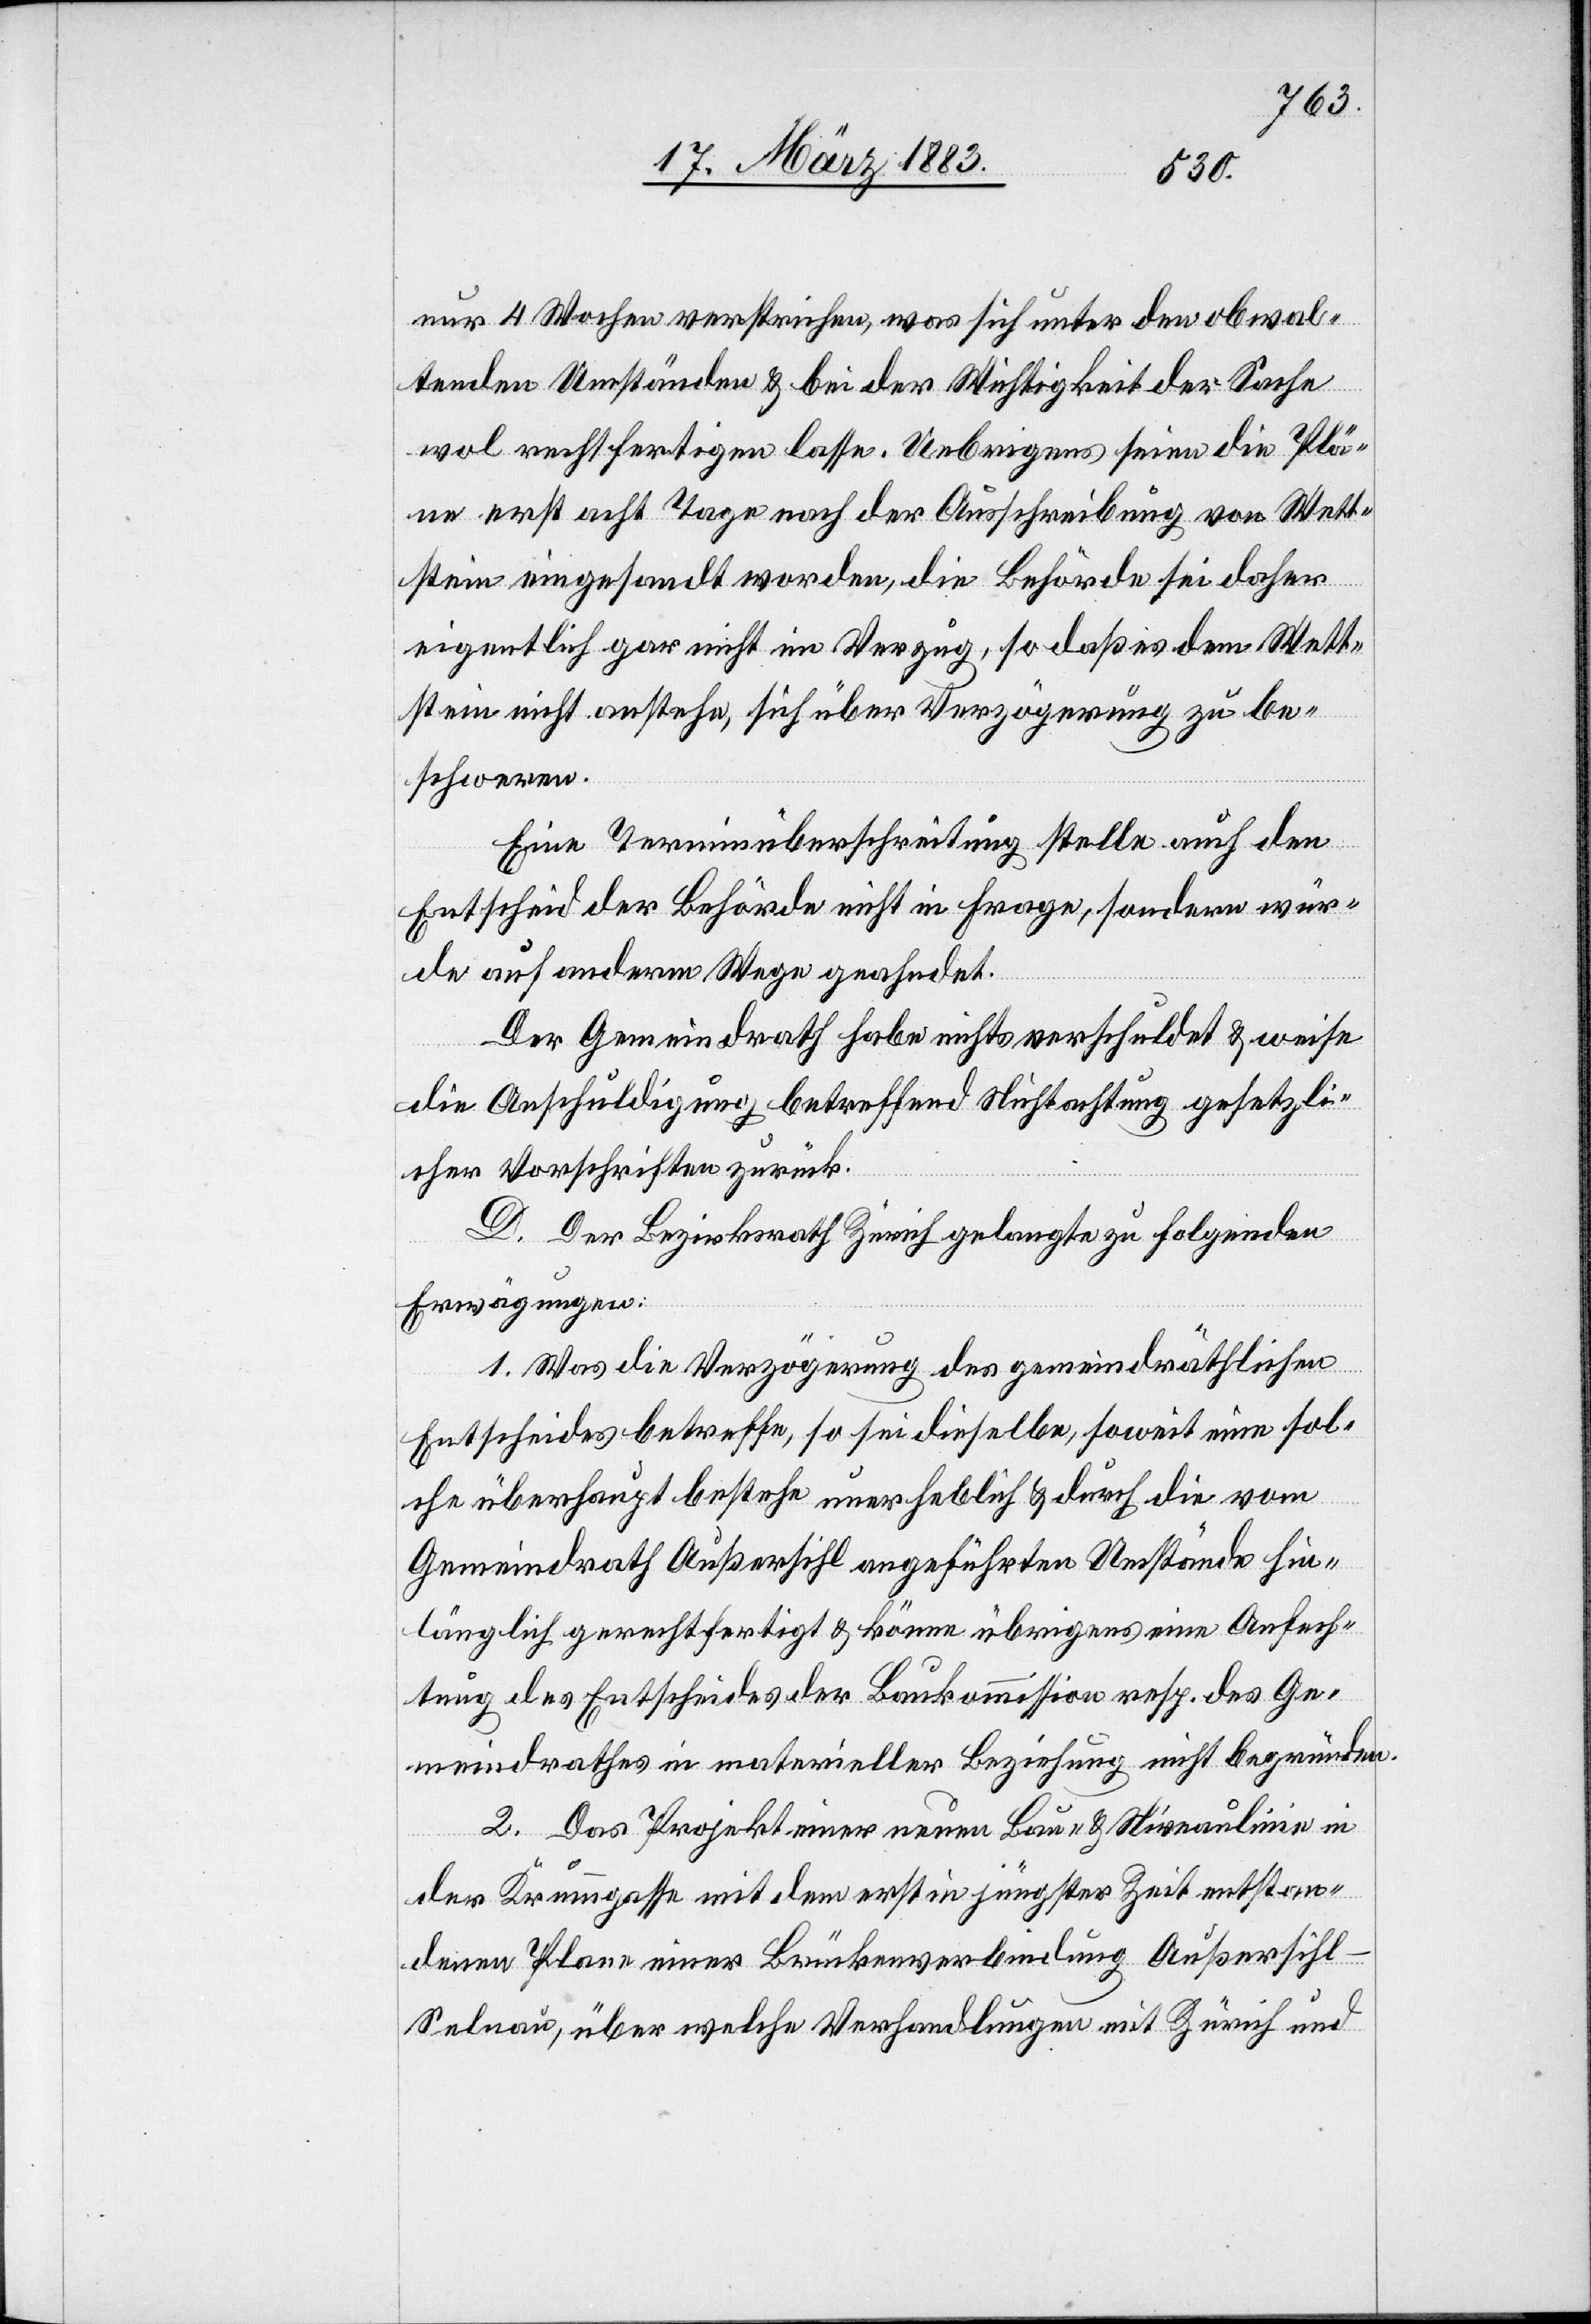
nur 4 Wochen verstrichen, was sich unter obwal¬
tenden Umständen & bei der Wichtigkeit der Sache
wol rechtfertigen lasse. Uebrigens seien die Plä¬
ne erst acht Tage nach der Ausschreibung von Wett¬
stein eingesandt worden, die Behörde sei daher
eigentlich gar nicht im Verzug, so daß es dem Wett¬
stein nicht anstehe, sich über Verzögerung zu be¬
schweren.
Eine Terminüberschreitung stelle auch den
Entscheid der Behörde nicht in Frage, sondern wür¬
de auf anderem Wege geahndet.
Der Gemeindrath habe nichts verschuldet & weise
die Anschuldigung betreffend Nichtachtung gesetzli¬
cher Vorschriften zurück.
D. Der Bezirksrath Zürich gelangte zu folgenden
Erwägungen:
1. Was die Verzögerung des gemeindräthlichen
Entscheides betreffe, so sei dieselbe, soweit eine sol¬
che überhaupt bestehe unerheblich & durch die vom
Gemeindrath Außersihl angeführten Umstände hin¬
länglich gerechtfertigt & könne übrigens eine Anfech¬
tung des Entscheides der Baukommission resp. des Ge¬
meindrathes in materieller Beziehung nicht begründen.
2. Das Projekt einer neuen Bau- & Niveaulinie in
der Krummgasse mit dem erst in jüngster Zeit entstan¬
denen Plane einer Brückenverbindung Außersih¬
l–Selnau, über welche Verhandlungen mit Zürich und